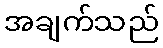
အချက်သည်